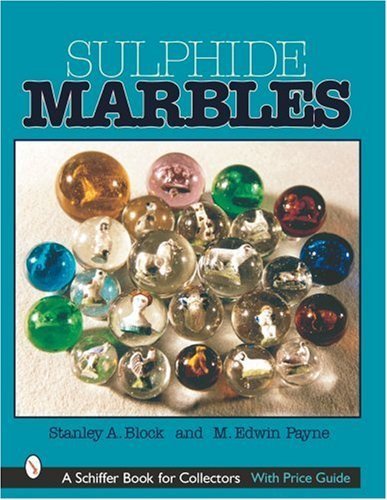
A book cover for Sulphide Marbles (A Schiffer Book for Collectors) by Block, Stanley A., Payne, M. Edwin (2001) Hardcover; Stanley A., Payne, M. Edwin Block; Crafts, Hobbies & Home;